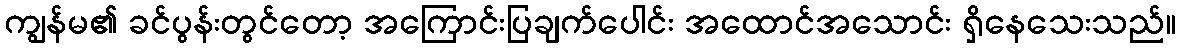
ကျွန်မ၏ ခင်ပွန်းတွင်တော့ အကြောင်းပြချက်ပေါင်း အထောင်အသောင်း ရှိနေသေးသည်။